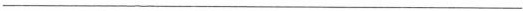
___